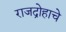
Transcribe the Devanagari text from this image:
राजद्रोहाचे